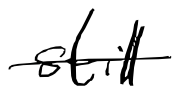
Text: still
Cross-out: single-line
Writing tool: digital_black